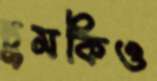
চুমকিও